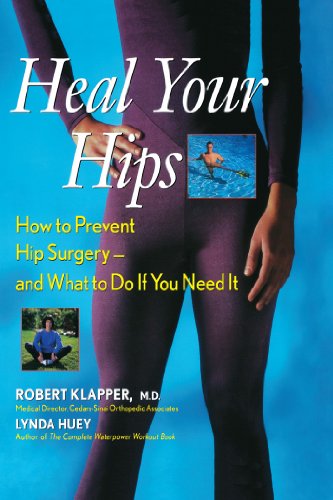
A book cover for Heal Your Hips: How to Prevent Hip Surgery -- and What to Do If You Need It; Robert Klapper; Health, Fitness & Dieting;